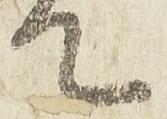
て